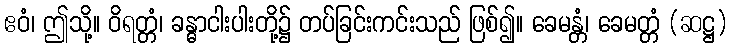
ဧဝံ၊ ဤသို့။ ဝိရတ္တံ၊ ခန္ဓာငါးပါးတို့၌ တပ်ခြင်းကင်းသည် ဖြစ်၍။ ခေမန္တံ၊ ခေမတ္တံ (ဆဋ္ဌ)